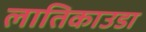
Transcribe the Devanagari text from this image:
लातिकाउडा